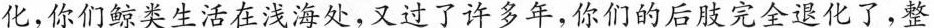
化，你们鲸类生活在浅海处，又过了许多年，你们的后肢完全退化了，整